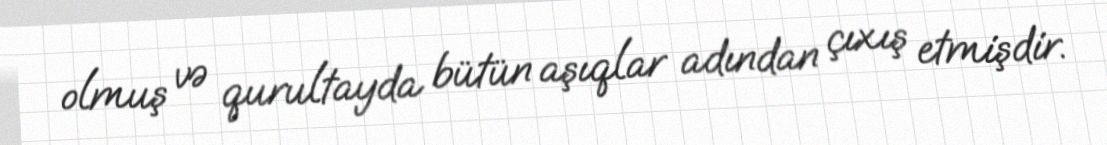
olmuş və qurultayda bütün aşıqlar adından çıxış etmişdir.